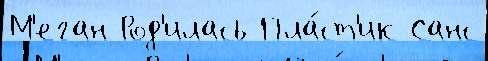
М'еган Род'илась Пла́ст'ик Санс